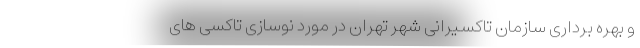
و بهره برداری سازمان تاکسیرانی شهر تهران در مورد نوسازی تاکسی های